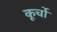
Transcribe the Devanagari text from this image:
कूर्चो